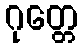
ဂုတ္တေ